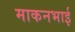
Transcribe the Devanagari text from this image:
माकनभाई